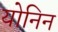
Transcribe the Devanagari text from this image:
योनिन